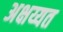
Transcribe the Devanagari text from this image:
अक्षय्यत